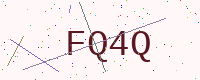
Text: FQ4Q